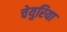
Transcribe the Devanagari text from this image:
चेयुरिया